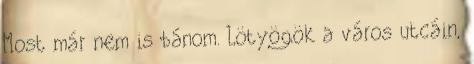
Most már nem is bánom. Lötyögök a város utcáin,